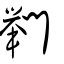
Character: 𨷶